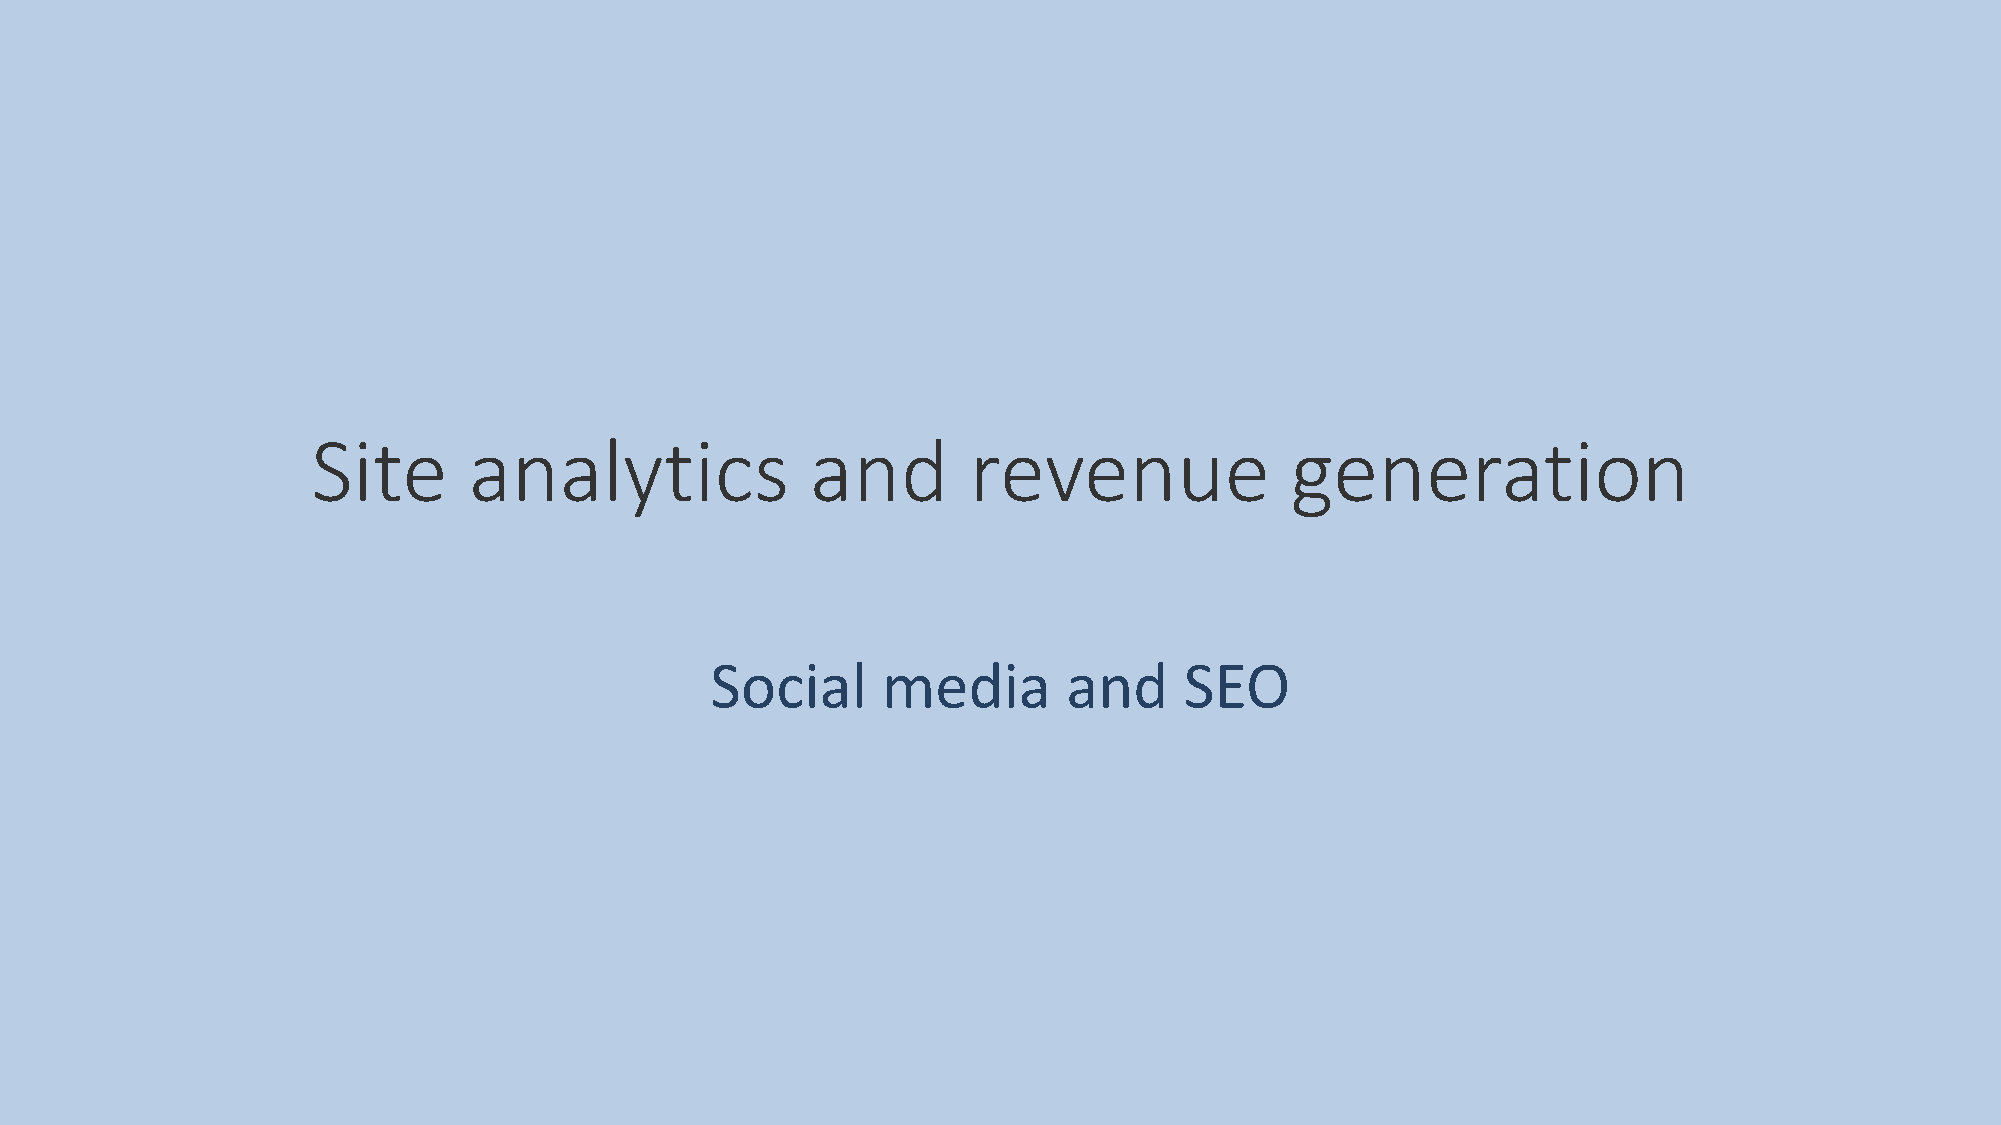
Site      analytics              and       revenue              generation
 Social     media        and    SEO